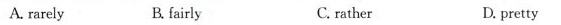
A. rarely B. fairly C. rather D. pretty